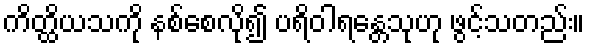
ကိတ္ထိယသကို နစ်စေလို၍ ပရိဝါရန္တေသုဟု ဖွင့်သတည်း။